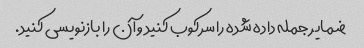
ضمایر جمله داده شده را سرکوب کنید و آن را بازنویسی کنید.